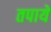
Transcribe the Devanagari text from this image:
तपाये